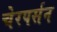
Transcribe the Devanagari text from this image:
चेरपर्सन